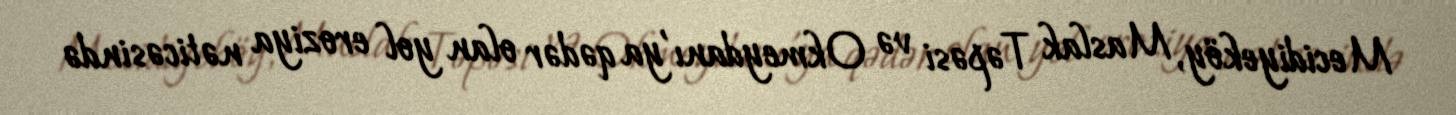
Mecidiyeköy, Maslak Təpəsi və Okmeydanı'ya qədər olan yol eroziya nəticəsində